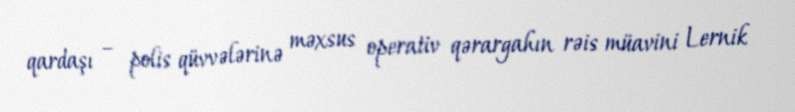
qardaşı – polis qüvvələrinə məxsus operativ qərargahın rəis müavini Lernik